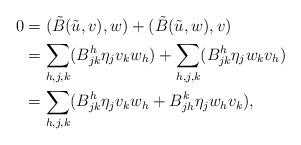
LaTeX: \begin{align*}0&=(\tilde{B}(\tilde{u},v),w)+(\tilde{B}(\tilde{u},w),v)\\&=\sum_{h,j,k}(B^h_{jk}\eta_j v_k w_h)+\sum_{h,j,k}(B^h_{jk}\eta_j w_k v_h)\\&=\sum_{h,j,k}(B^h_{jk}\eta_j v_k w_h+B^k_{jh}\eta_j w_h v_k),\end{align*}